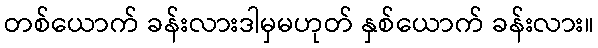
တစ်ယောက် ခန်းလားဒါမှမဟုတ် နှစ်ယောက် ခန်းလား။